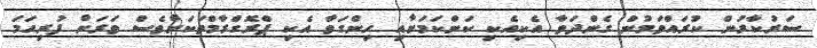
ސަރުކާރުން ކުރައްވަމުން ގެންދަވާ އެކިއެކި ކަންކަމަށާއި ހިންގަވާ އެކި ޕްރޮގްރާމްތަކަށްވެސް ވަރަށް ފުރިހަމަ